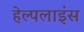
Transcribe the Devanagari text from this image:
हेल्पलाइंस